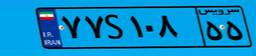
۵۴S۶۳۰۲۴